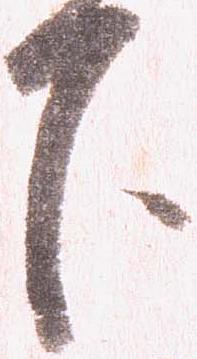
下